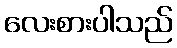
လေးစားပါသည်